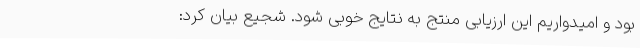
بود و امیدواریم این ارزیابی منتج به نتایج خوبی شود. شجیع بیان کرد: